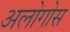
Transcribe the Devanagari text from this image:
अलोगोस